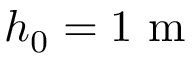
h _ { 0 } = 1 \mathrm { ~ m ~ }